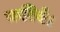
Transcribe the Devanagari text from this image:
करिये।